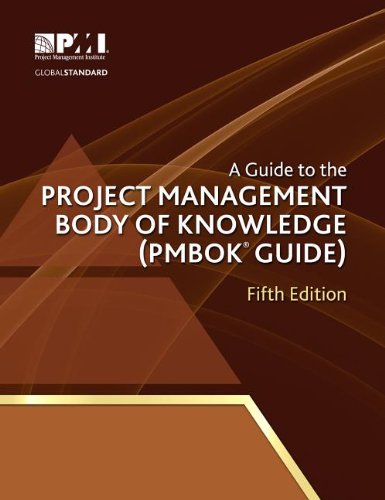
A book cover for A Guide to the Project Management Body of Knowledge: PMBOK(R) Guide; Project Management Institute; Test Preparation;